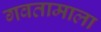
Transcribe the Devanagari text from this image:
गवतामाला